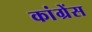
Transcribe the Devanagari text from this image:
कांग्रेंस